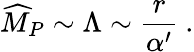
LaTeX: {\widehat M}_{P}\sim\Lambda\sim{\frac{r}{\alpha^{\prime}}}~.